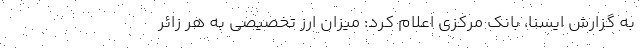
به گزارش ایسنا، بانک مرکزی اعلام کرد: میزان ارز تخصیصی به هر زائر